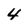
Character: 4